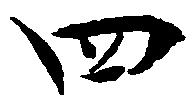
四